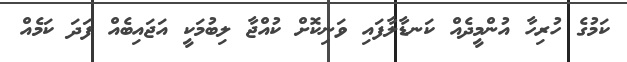
ކަމުގެ ހުރިހާ އުންމީދެއް ކަނޑާލާފައި ވަނިކޮށް ކުއްޖާ ލިބުމަކީ އަޖައިބެއް ފަދަ ކަމެއް